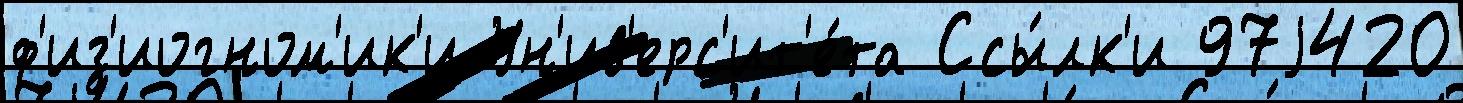
ф'из'иогном'ик'и Ун'ив'ерс'ит'е́та Ссы́лк'и 97j420